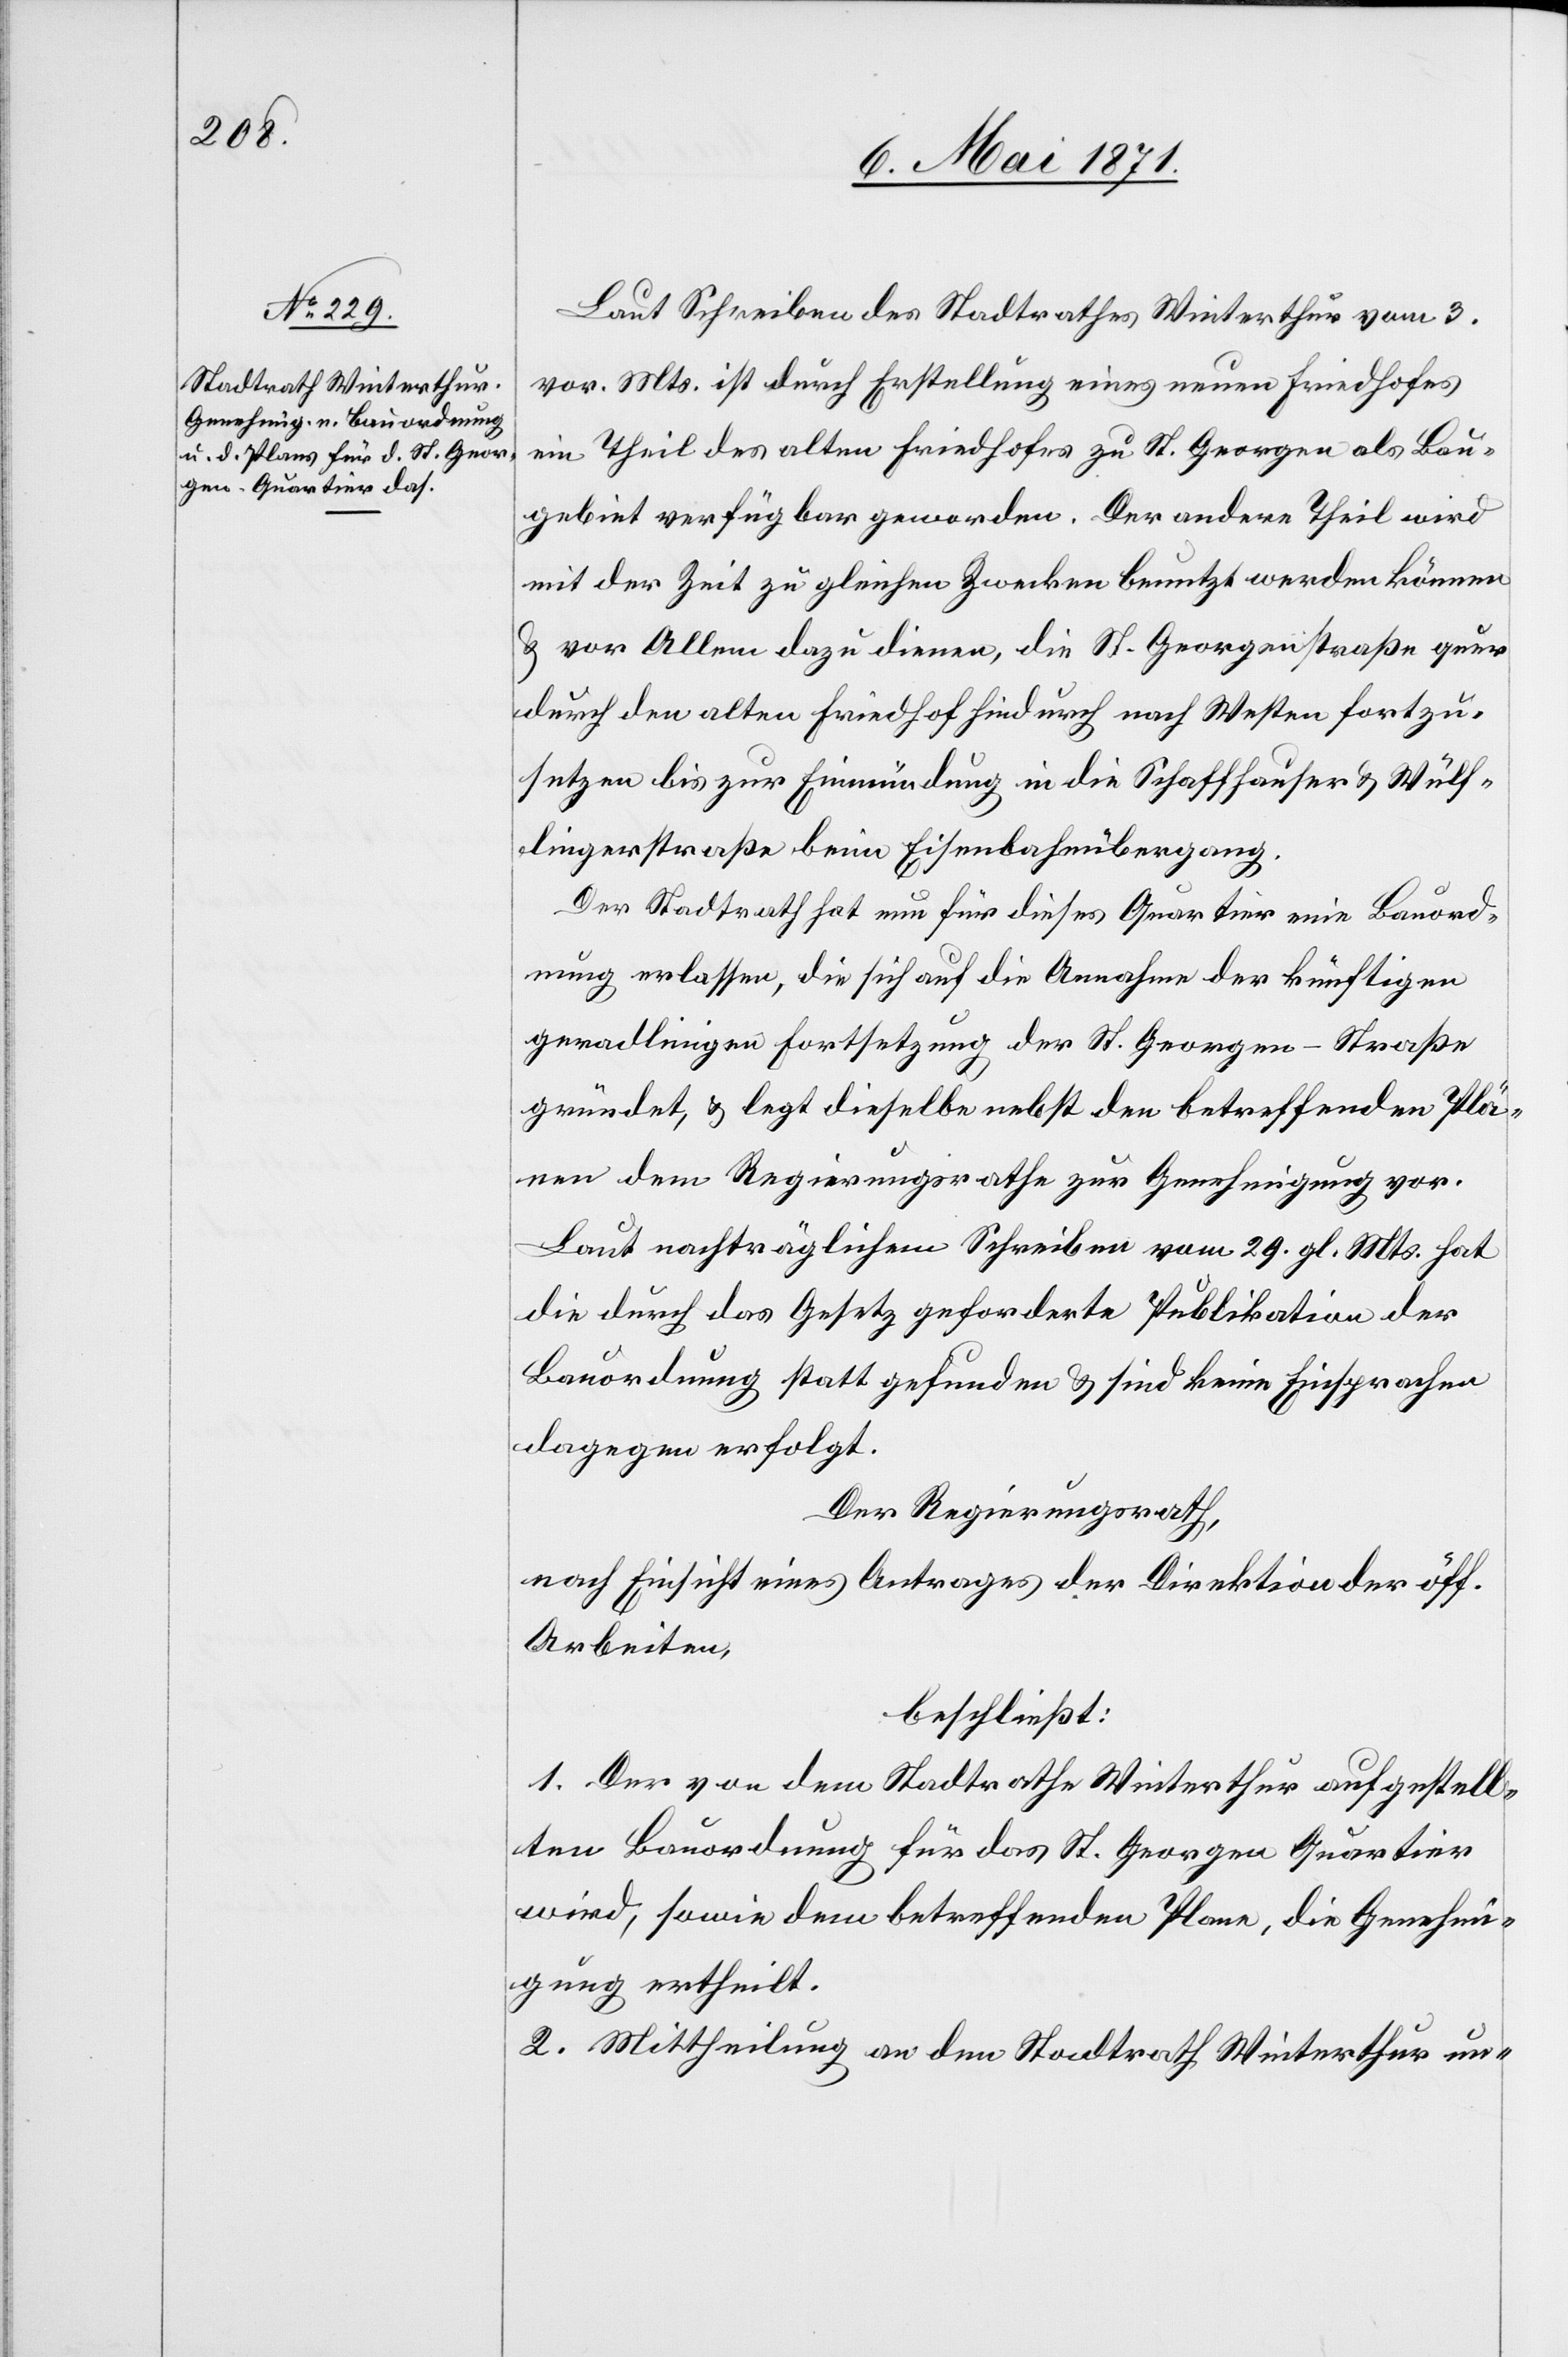
Laut Schreiben des Stadtrathes Winterthur vom 3.
vor. Mts. ist durch Erstellung eines neuen Friedhofes
ein Theil des alten Friedhofes zu St. Georgen als Bau¬
gebiet verfügbar geworden. Der andere Theil wird
mit der Zeit zu gleichen Zwecken benutzt werden können
u. vor Allem dazu dienen, die St. Georgenstraße quer
durch den alten Friedhof hindurch nach Westen fortzu¬
setzen bis zur Einmündung in die Schaffhauser u. Wülf¬
lingerstraße beim Eisenbahnübergang.
Der Stadtrath hat nun für dieses Quartier eine Bauord¬
nung erlassen, die sich auf die Annahme der künftigen
geradlinigen Fortsetzung der St. Georgen-Straße
gründet, u. legt dieselbe nebst den betreffenden Plä¬
nen dem Regierungsrathe zur Genehmigung vor.
Laut nachträglichem Schreiben vom 29. gl. Mts. hat
die durch das Gesetz geforderte Publikation der
Bauordnung statt gefunden u. sind keine Einsprachen
dagegen erfolgt.
Der Regierungsrath,
nach Einsicht eines Antrages der Direktion der öff.
Arbeiten,
beschließt:
1. Der von dem Stadtrathe Winterthur aufgestell¬
ten Bauordnung für das St. Georgen Quartier
wird, sowie dem betreffenden Plane, die Genehmi¬
gung ertheilt.
2. Mittheilung an den Stadtrath Winterthur un-